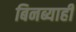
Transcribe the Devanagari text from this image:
बिनब्याही